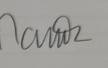
Signature authenticity: genuine